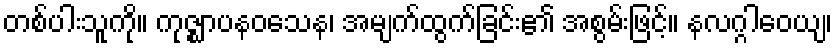
တစ်ပါးသူကို။ ကုဇ္ဈာပနဝသေန၊ အမျက်ထွက်ခြင်း၏ အစွမ်းဖြင့်။ နလဂ္ဂါဝေယျ၊